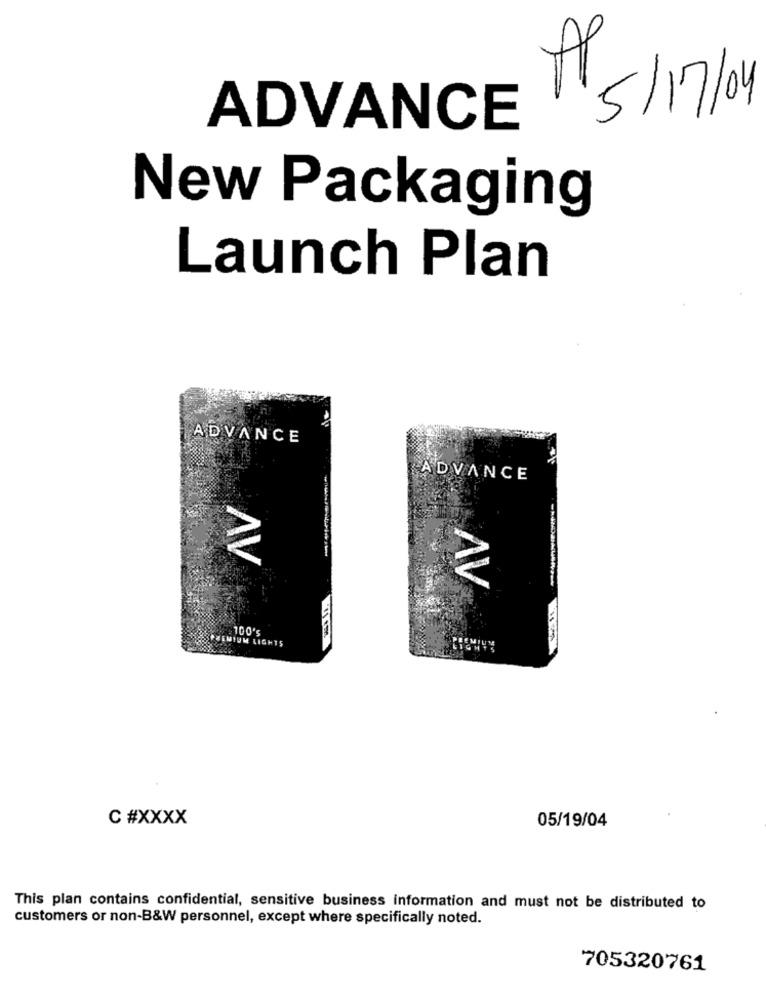
A
ADVANCE 5/17/04
New Packaging
Launch Plan
ADVANCE
ADVANCE
AV
AV
$100's
SPREMIUM LIGHTS
c #XXXX
05/19/04
This plan contains confidential, sensitive business information and must not be distributed to
customers or non-B&W personnel, except where specifically noted.
705320761